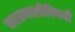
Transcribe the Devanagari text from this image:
करप्रणालीविषयी